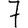
Digit: 7